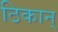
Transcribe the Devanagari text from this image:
ठिकान्